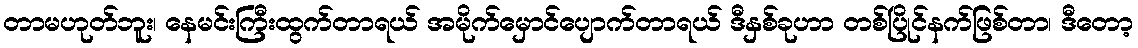
တာမဟုတ်ဘူး၊ နေမင်းကြီးထွက်တာရယ် အမိုက်မှောင်ပျောက်တာရယ် ဒီနှစ်ခုဟာ တစ်ပြိုင်နက်ဖြစ်တာ၊ ဒီတော့